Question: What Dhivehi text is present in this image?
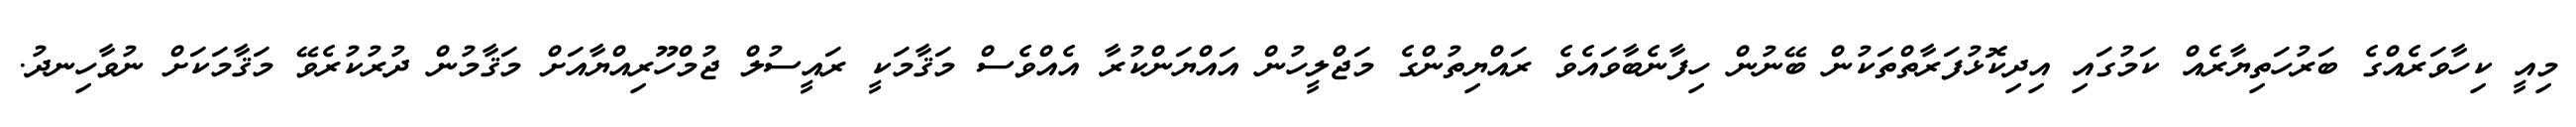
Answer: މިއީ ކިހާވަރެއްގެ ބަރުހަތިޔާރެއް ކަމުގައި އިދިކޮޅުފަރާތްތަކުން ބޭނުން ހިފާނެބާވައެވެ ރައްޔިތުންގެ މަޖްލީހުން އައްޔަންކުރާ އެއްވެސް މަޤާމަކީ ރައީސުލް ޖުމްހޫރިއްޔާއަށް މަޤާމުން ދުރުކުރެވޭ މަޤާމަކަށް ނުވާހިނދު.